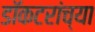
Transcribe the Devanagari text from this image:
डॉकटरांच्या